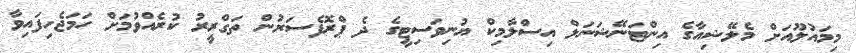
މިމައުލޫއަށް މެލޭޝިއާގެ އިންޓަނޭޝަނަލް އިސްލާމިކް ޔުނިވަސިޓީގެ ދެ ޕްރޮފެސަރުން ތަގްރީރު ކުރެއްވުމަށް ހަމަޖެހިފައިވާ